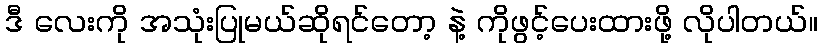
ဒီ လေးကို အသုံးပြုမယ်ဆိုရင်တော့ နဲ့ ကိုဖွင့်ပေးထားဖို့ လိုပါတယ်။